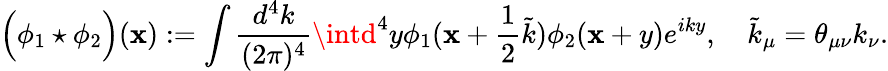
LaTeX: \Big(\phi_{1}\star\phi_{2}\Big)(\mathbf{x}):=\int\frac{{d^{4}k}}{{(2\pi)^{4}}}\intd^{4}y\phi_{1}(\mathbf{x}+\frac{1}{2}\tilde{{k}})\phi_{2}(\mathbf{x}+y)e^{iky},\quad\tilde{{k}}_{\mu}=\theta_{\mu\nu}k_{\nu}.